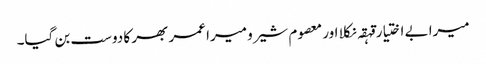
میرا بے اختیار قہقہ نکلا اور معصوم شیرو میرا عمر بھر کا دوست بن گیا۔